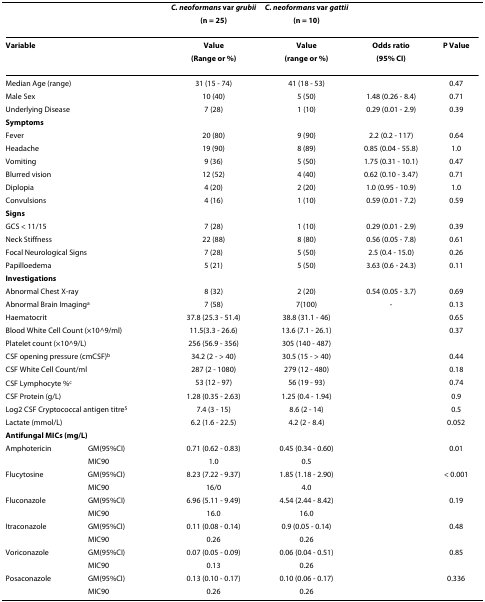
<table><thead><tr><td></td><td></td><td><b><i>C. neoformans </i>var <i>grubii</i></b></td><td><b><i>C. neoformans </i>var <i>gattii</i></b></td><td></td><td></td></tr><tr><td></td><td></td><td><b>(n = 25)</b></td><td><b>(n = 10)</b></td><td></td><td></td></tr></thead><tbody><tr><td colspan="2"><b>Variable</b></td><td><b>Value</b></td><td><b>Value</b></td><td><b>Odds ratio</b></td><td><b>P Value</b></td></tr><tr><td></td><td></td><td><b>(Range or %)</b></td><td><b>(range or %)</b></td><td><b>(95% CI)</b></td><td></td></tr><tr><td colspan="2">Median Age (range)</td><td>31 (15 - 74)</td><td>41 (18 - 53)</td><td></td><td>0.47</td></tr><tr><td colspan="2">Male Sex</td><td>10 (40)</td><td>5 (50)</td><td>1.48 (0.26 - 8.4)</td><td>0.71</td></tr><tr><td colspan="2">Underlying Disease</td><td>7 (28)</td><td>1 (10)</td><td>0.29 (0.01 - 2.9)</td><td>0.39</td></tr><tr><td colspan="6"><b>Symptoms</b></td></tr><tr><td colspan="2">Fever</td><td>20 (80)</td><td>9 (90)</td><td>2.2 (0.2 - 117)</td><td>0.64</td></tr><tr><td colspan="2">Headache</td><td>19 (90)</td><td>8 (89)</td><td>0.85 (0.04 - 55.8)</td><td>1.0</td></tr><tr><td colspan="2">Vomiting</td><td>9 (36)</td><td>5 (50)</td><td>1.75 (0.31 - 10.1)</td><td>0.47</td></tr><tr><td colspan="2">Blurred vision</td><td>12 (52)</td><td>4 (40)</td><td>0.62 (0.10 - 3.47)</td><td>0.71</td></tr><tr><td colspan="2">Diplopia</td><td>4 (20)</td><td>2 (20)</td><td>1.0 (0.95 - 10.9)</td><td>1.0</td></tr><tr><td colspan="2">Convulsions</td><td>4 (16)</td><td>1 (10)</td><td>0.59 (0.01 - 7.2)</td><td>0.59</td></tr><tr><td colspan="6"><b>Signs</b></td></tr><tr><td colspan="2">GCS &lt; 11/15</td><td>7 (28)</td><td>1 (10)</td><td>0.29 (0.01 - 2.9)</td><td>0.39</td></tr><tr><td colspan="2">Neck Stiffness</td><td>22 (88)</td><td>8 (80)</td><td>0.56 (0.05 - 7.8)</td><td>0.61</td></tr><tr><td colspan="2">Focal Neurological Signs</td><td>7 (28)</td><td>5 (50)</td><td>2.5 (0.4 - 15.0)</td><td>0.26</td></tr><tr><td colspan="2">Papilloedema</td><td>5 (21)</td><td>5 (50)</td><td>3.63 (0.6 - 24.3)</td><td>0.11</td></tr><tr><td colspan="2"><b>Investigations</b></td><td></td><td></td><td></td><td></td></tr><tr><td colspan="2">Abnormal Chest X-ray</td><td>8 (32)</td><td>2 (20)</td><td>0.54 (0.05 - 3.7)</td><td>0.69</td></tr><tr><td colspan="2">Abnormal Brain Imaging<sup>a</sup></td><td>7 (58)</td><td>7(100)</td><td>-</td><td>0.13</td></tr><tr><td colspan="2">Haematocrit</td><td>37.8 (25.3 - 51.4)</td><td>38.8 (31.1 - 46)</td><td></td><td>0.65</td></tr><tr><td colspan="2">Blood White Cell Count (×10^9/ml)</td><td>11.5(3.3 - 26.6)</td><td>13.6 (7.1 - 26.1)</td><td></td><td>0.37</td></tr><tr><td colspan="2">Platelet count (×10^9/L)</td><td>256 (56.9 - 356)</td><td>305 (140 - 487)</td><td></td><td></td></tr><tr><td colspan="2">CSF opening pressure (cmCSF)<sup>b</sup></td><td>34.2 (2 - &gt; 40)</td><td>30.5 (15 - &gt; 40)</td><td></td><td>0.44</td></tr><tr><td colspan="2">CSF White Cell Count/ml</td><td>287 (2 - 1080)</td><td>279 (12 - 480)</td><td></td><td>0.18</td></tr><tr><td colspan="2">CSF Lymphocyte %<sup>c</sup></td><td>53 (12 - 97)</td><td>56 (19 - 93)</td><td></td><td>0.74</td></tr><tr><td colspan="2">CSF Protein (g/L)</td><td>1.28 (0.35 - 2.63)</td><td>1.25 (0.4 - 1.94)</td><td></td><td>0.9</td></tr><tr><td colspan="2">Log2 CSF Cryptococcal antigen titre<sup>5</sup></td><td>7.4 (3 - 15)</td><td>8.6 (2 - 14)</td><td></td><td>0.5</td></tr><tr><td colspan="2">Lactate (mmol/L)</td><td>6.2 (1.6 - 22.5)</td><td>4.2 (2 - 8.4)</td><td></td><td>0.052</td></tr><tr><td colspan="3"><b>Antifungal MICs (mg/L)</b></td><td></td><td></td><td></td></tr><tr><td>Amphotericin</td><td>GM(95%CI)</td><td>0.71 (0.62 - 0.83)</td><td>0.45 (0.34 - 0.60)</td><td></td><td>0.01</td></tr><tr><td></td><td>MIC90</td><td>1.0</td><td>0.5</td><td></td><td></td></tr><tr><td>Flucytosine</td><td>GM(95%CI)</td><td>8.23 (7.22 - 9.37)</td><td>1.85 (1.18 - 2.90)</td><td></td><td>&lt; 0.001</td></tr><tr><td></td><td>MIC90</td><td>16/0</td><td>4.0</td><td></td><td></td></tr><tr><td>Fluconazole</td><td>GM(95%CI)</td><td>6.96 (5.11 - 9.49)</td><td>4.54 (2.44 - 8.42)</td><td></td><td>0.19</td></tr><tr><td></td><td>MIC90</td><td>16.0</td><td>16.0</td><td></td><td></td></tr><tr><td>Itraconazole</td><td>GM(95%CI)</td><td>0.11 (0.08 - 0.14)</td><td>0.9 (0.05 - 0.14)</td><td></td><td>0.48</td></tr><tr><td></td><td>MIC90</td><td>0.26</td><td>0.26</td><td></td><td></td></tr><tr><td>Voriconazole</td><td>GM(95%CI)</td><td>0.07 (0.05 - 0.09)</td><td>0.06 (0.04 - 0.51)</td><td></td><td>0.85</td></tr><tr><td></td><td>MIC90</td><td>0.13</td><td>0.26</td><td></td><td></td></tr><tr><td>Posaconazole</td><td>GM(95%CI)</td><td>0.13 (0.10 - 0.17)</td><td>0.10 (0.06 - 0.17)</td><td></td><td>0.336</td></tr><tr><td></td><td>MIC90</td><td>0.26</td><td>0.26</td><td></td><td></td></tr></tbody></table>